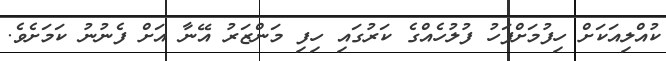
ކުއްލިއަކަށް ހިފުމަށްފަހު ފުލުހެއްގެ ކަރުގައި ހިފި މަންޒަރު އޭނާ އަށް ފެނުނު ކަމަށެވެ.